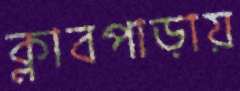
ক্লাবপাড়ায়